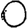
Digit: 0